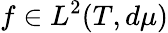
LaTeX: f\in L^{2}(T,d\mu)